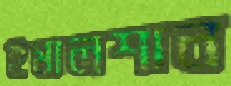
ইমালশান